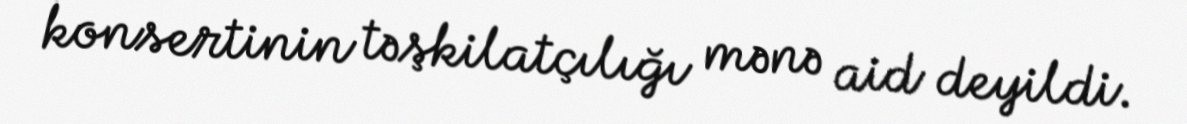
konsertinin təşkilatçılığı mənə aid deyildi.